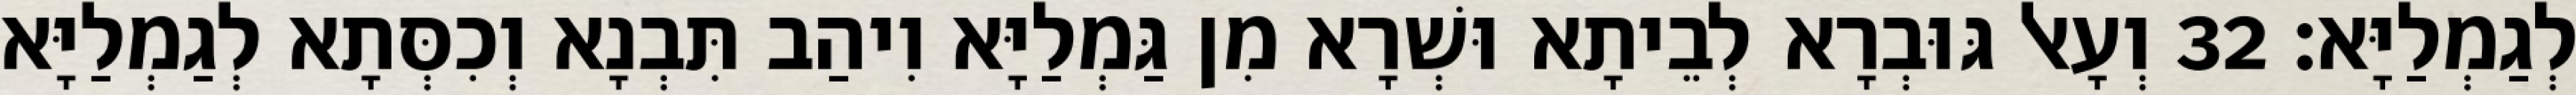
לְגַמְלַיָּא׃ 32 וְעָאל גּוּבְרָא לְבֵיתָא וּשְׁרָא מִן גַּמְלַיָּא וִיהַב תִּבְנָא וְכִסְּתָא לְגַמְלַיָּא